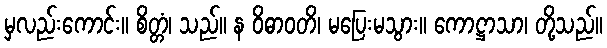
မှလည်းကောင်း။ စိတ္တံ၊ သည်။ န ဝိဓာဝတိ၊ မပြေးမသွား။ ကောဋ္ဌာသာ၊ တို့သည်။